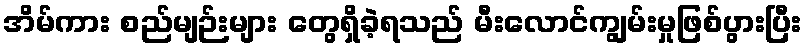
အိမ်ကား စည်မျဉ်းများ တွေရှိခဲ့ရသည် မီးလောင်ကျွမ်းမှုဖြစ်ပွားပြီး